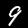
Digit: 9